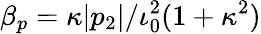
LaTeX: \beta_{p}=\kappa|p_{2}|/\iota_{0}^{2}(1+\kappa^{2})